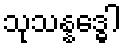
သုသန္နဒ္ဓေါ